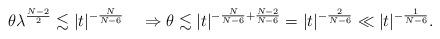
LaTeX: \begin{align*} \theta \lambda^\frac{N-2}{2} \lesssim |t|^{-\frac{N}{N-6}} \quad\Rightarrow\theta \lesssim |t|^{-\frac{N}{N-6} + \frac{N-2}{N-6}} = |t|^{-\frac{2}{N-6}} \ll |t|^{-\frac{1}{N-6}}. \end{align*}